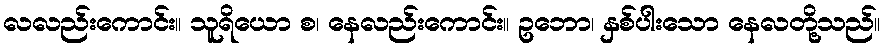
လလည်းကောင်း။ သူရိယော စ၊ နေလည်းကောင်း။ ဥဘော၊ နှစ်ပါးသော နေလတို့သည်။